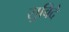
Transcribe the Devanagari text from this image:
सुविदे